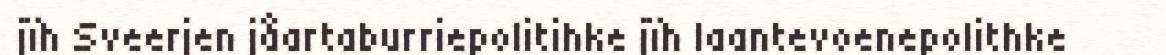
jïh Sveerjen jåartaburriepolitihke jïh laantevoenepolithke